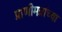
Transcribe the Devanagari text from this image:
प्राणीमत्रांच्या